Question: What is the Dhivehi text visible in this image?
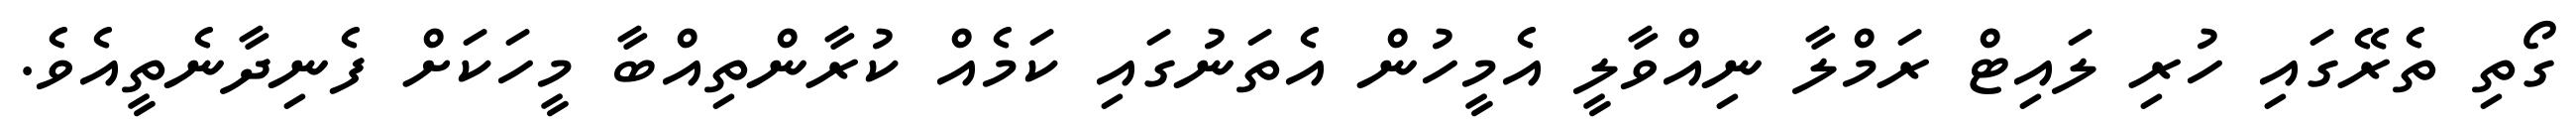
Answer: ގޯތި ތެރޭގައި ހުރި ލައިޓް ރަމްލާ ނިއްވާލީ އެމީހުން އެތަނުގައި ކަމެއް ކުރާންތިއްބާ މީހަކަށް ފެނިދާނެތީއެވެ.